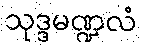
သုဒ္ဒမဏ္ဍလံ